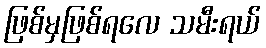
ဖြစ်မှဖြစ်ရလေ သမီးရယ်